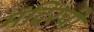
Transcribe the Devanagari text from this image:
मंदिरची